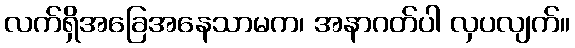
လက်ရှိအခြေအနေသာမက၊ အနာဂတ်ပါ လှပလျက်။